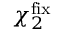
\boldsymbol \chi _ { 2 } ^ { \mathrm { { f i x } } }